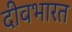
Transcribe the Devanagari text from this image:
दीवभारत